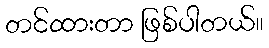
တင်ထားတာ ဖြစ်ပါတယ်။